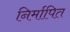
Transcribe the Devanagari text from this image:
निर्मापित